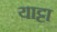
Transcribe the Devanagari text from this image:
याट्टा